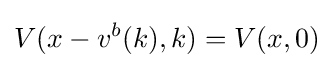
V(x-v^{b}(k),k)=V(x,0)